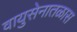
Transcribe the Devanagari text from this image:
वायुसेनातळास